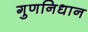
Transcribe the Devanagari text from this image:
गुणनिधान